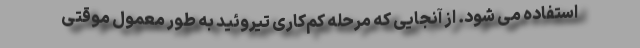
استفاده می شود. از آنجایی که مرحله کم‌کاری تیروئید به طور معمول موقتی